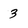
Character: 3